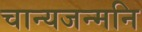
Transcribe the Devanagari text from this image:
चान्यजन्मनि